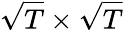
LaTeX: \sqrt{T}\times\sqrt{T}